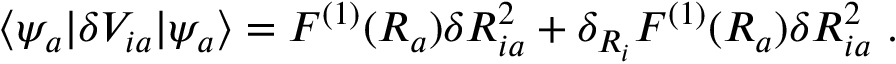
\langle \psi _ { a } | \delta V _ { i a } | \psi _ { a } \rangle = F ^ { ( 1 ) } ( R _ { a } ) \delta R _ { i a } ^ { 2 } + \delta _ { R _ { i } } F ^ { ( 1 ) } ( R _ { a } ) \delta R _ { i a } ^ { 2 } \ .